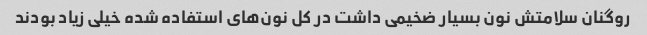
روگنان سلامتش نون بسیار ضخیمی داشت در کل نون‌های استفاده شده خیلی زیاد بودند